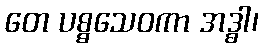
တေ ပစ္စသေဝကာ အဒ္ဓါ၊